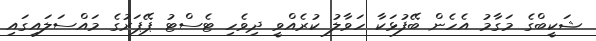
ޝަކީބްގެ މަގާމު އެހެން ބޭފުޅަކާ ހަވާލު ކުރެއްވީ ދިވެހި ޓެސްޓު ޕޭޕަރުގެ މައްސަލައިގައި